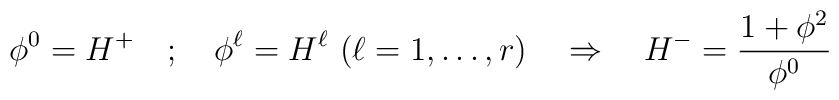
\phi^0 =H^+ \quad; \quad \phi^\ell = H^\ell \,\, (\ell=1,\dots,r)  \quad \Rightarrow \quad H^- =\frac{1+\mathbf{\phi}^2}{\phi^0}